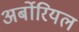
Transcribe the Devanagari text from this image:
अर्बोरियल